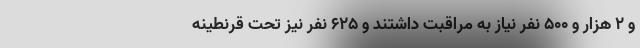
و ۲ هزار و ۵۰۰ نفر نیاز به مراقبت داشتند و ۶۲۵ نفر نیز تحت قرنطینه